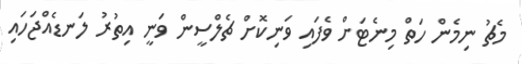
މެޗު ނިމެން ހަތް މިނެޓަށް ވެފައި ވަނިކޮށް ޗެލްސީން ވަނީ އިތުރު ލަނޑެއްޖަހައި